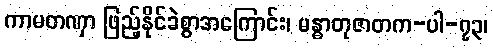
ကာမတဏှာ ဖြည့်နိုင်ခဲစွာအကြောင်း၊ မန္ဓာတုဇာတက-ပါ-၇၃၊